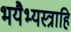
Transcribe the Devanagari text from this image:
भयैभ्यस्त्राहि